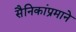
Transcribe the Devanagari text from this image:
सैनिकांप्रमाने